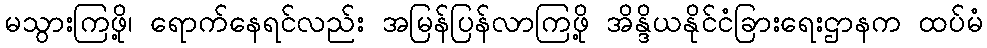
မသွားကြဖို့၊ ရောက်နေရင်လည်း အမြန်ပြန်လာကြဖို့ အိန္ဒိယနိုင်ငံခြားရေးဌာနက ထပ်မံ